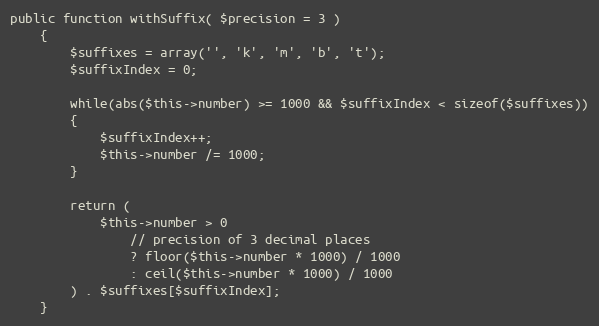
Language: PHP
public function withSuffix( $precision = 3 )
	{
		$suffixes = array('', 'k', 'm', 'b', 't');
        $suffixIndex = 0;

        while(abs($this->number) >= 1000 && $suffixIndex < sizeof($suffixes))
        {
            $suffixIndex++;
            $this->number /= 1000;
        }

        return (
	        $this->number > 0
	            // precision of 3 decimal places
	            ? floor($this->number * 1000) / 1000
	            : ceil($this->number * 1000) / 1000
        ) . $suffixes[$suffixIndex];
	}